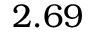
2 . 6 9